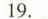
19.